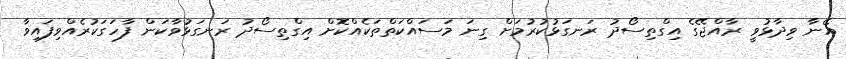
އޭނާ ވިދާޅުވީ ރާއްޖޭގެ އިގްތިސޯދު ރަނގަޅުކުރުމަށް ގިނަ މަސައްކަތްތަކެއްކޮށް އިގްތިސޯދު ރަނގަޅުވާކަން ފާހަގަކުރެއްވިފައިވާ